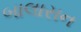
બાલાસન